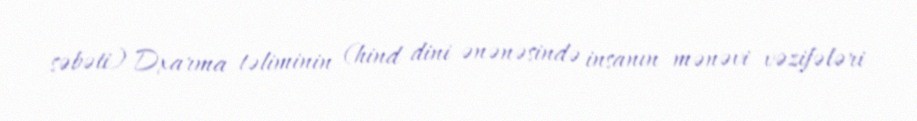
səbəti) Dxarma təliminin (hind dini ənənəsində insanın mənəvi vəzifələri